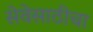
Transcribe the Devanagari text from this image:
सेवेसाठीचा